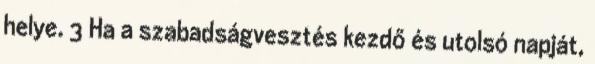
helye. 3 Ha a szabadságvesztés kezdő és utolsó napját,